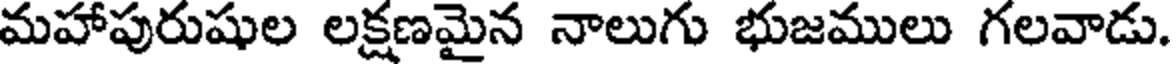
మహాపురుషుల లక్షణమైన నాలుగు భుజములు గలవాడు.